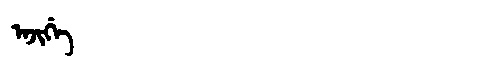
Manchu: ᠠᠵᡳᡤᡝ
Romanization: AJIGE